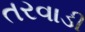
તરવાડી